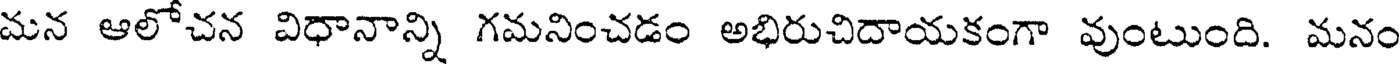
మన ఆలోచన విధానాన్ని గమనించడం అభిరుచిదాయకంగా వుంటుంది. మనం